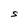
Character: S